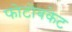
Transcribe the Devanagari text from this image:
फोटोबकेट